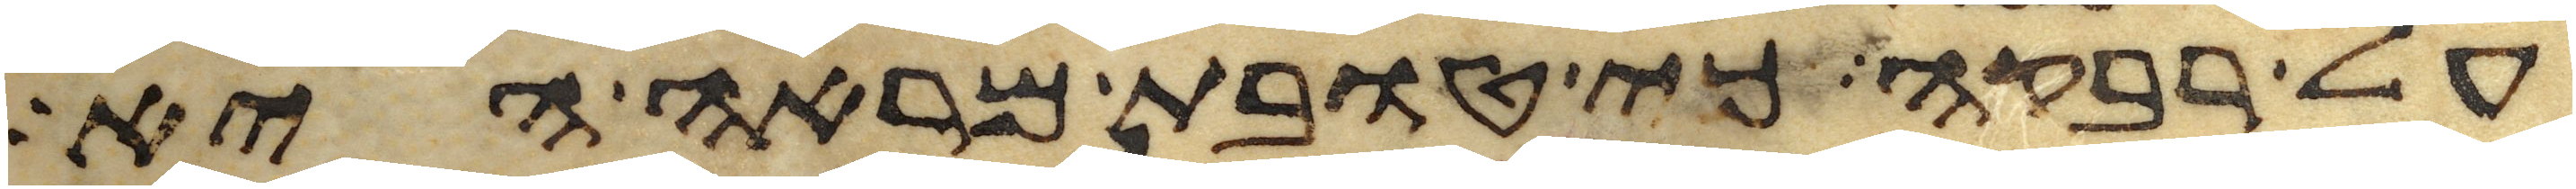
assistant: על רבקה כי טובת מראה היא